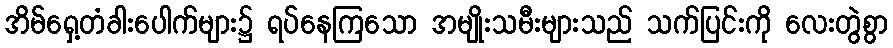
အိမ်ရှေ့တံခါးပေါက်များ၌ ရပ်နေကြသော အမျိုးသမီးများသည် သက်ပြင်းကို လေးတွဲစွာ